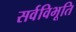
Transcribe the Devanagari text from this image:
सर्वविभूति